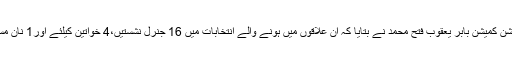
قائمہ کمیٹی کو سیکرٹری الیکشن کمیشن بابر یعقوب فتح محمد نے بتایا کہ ان علاقوں میں ہونے والے انتخابات میں 16 جنرل نشستیں،4 خواتین کیلئے اور1 نان مسلم کیلئے مختص کی گئی ہے۔